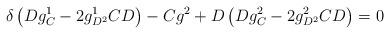
LaTeX: \begin{align*}\delta \left(Dg^1_C-2g^1_{D^2}CD\right)-Cg^2+D\left(Dg^2_C-2g^2_{D^2}CD\right)=0\end{align*}